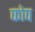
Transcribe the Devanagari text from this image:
फोप